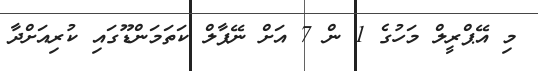
މި އޭޕްރީލް މަހުގެ 1 ން 7 އަށް ނޭޕާލް ކަތަމަންޑޫގައި ކުރިއަށްދާ